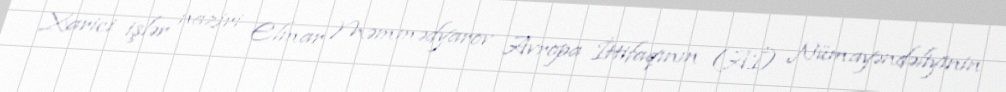
Xarici işlər naziri Elmar Məmmədyarov Avropa İttifaqının (Aİ) Nümayəndəliyinin